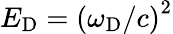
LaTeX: E_{\mathrm{D}}=\left(\omega_{\mathrm{D}}/c\right)^{2}